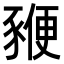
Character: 𧱩